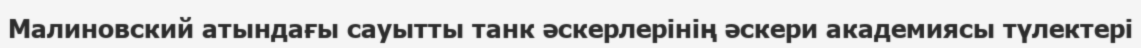
Малиновский атындағы сауытты танк әскерлерінің әскери академиясы түлектері